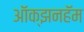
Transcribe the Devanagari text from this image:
ऑक्झनहॅम